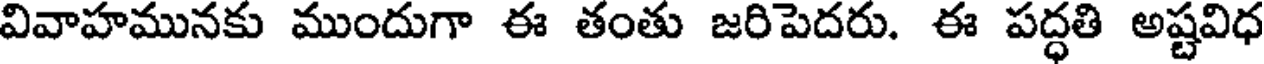
వివాహమునకు ముందుగా ఈ తంతు జరిపెదరు. ఈ పద్ధతి అష్టవిధ